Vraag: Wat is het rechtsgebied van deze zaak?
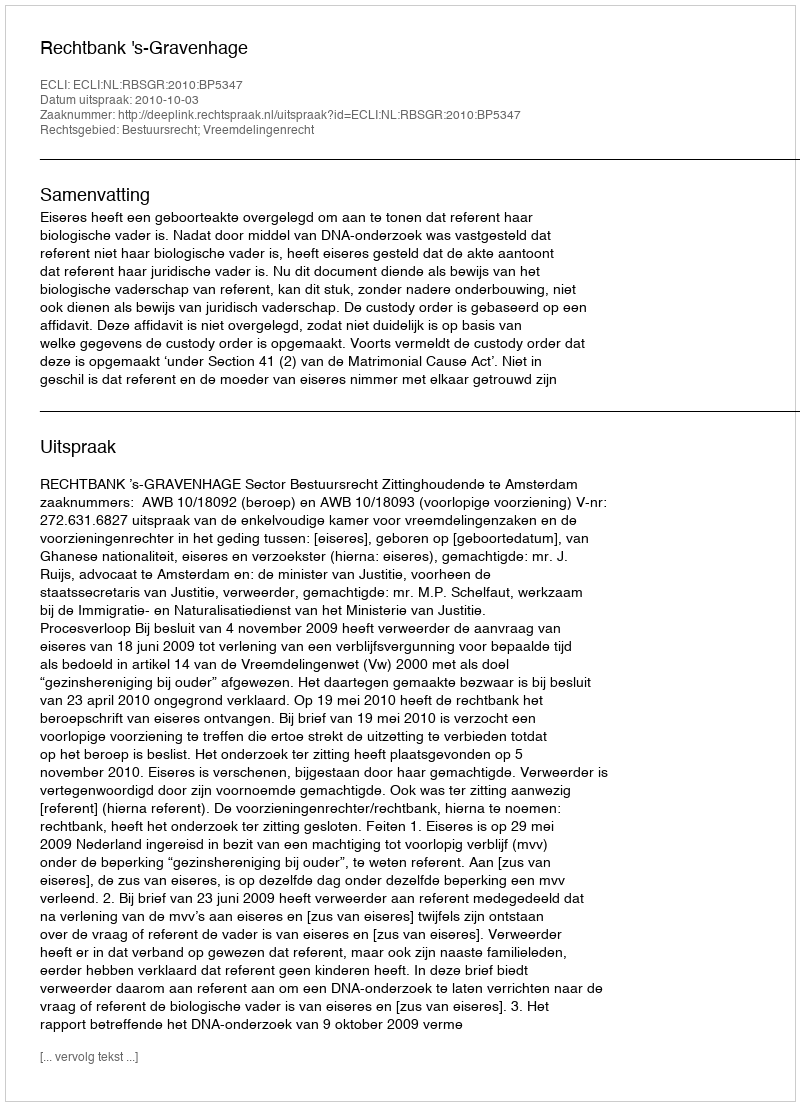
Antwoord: Bestuursrecht; Vreemdelingenrecht